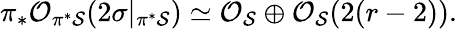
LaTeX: \pi_{*}{\cal O}_{\pi^{*}{\cal S}}(2\sigma|_{\pi^{*}{\cal S}})\simeq{\cal O}_{{\cal S}}\oplus{\cal O}_{{\cal S}}(2(r-2)).